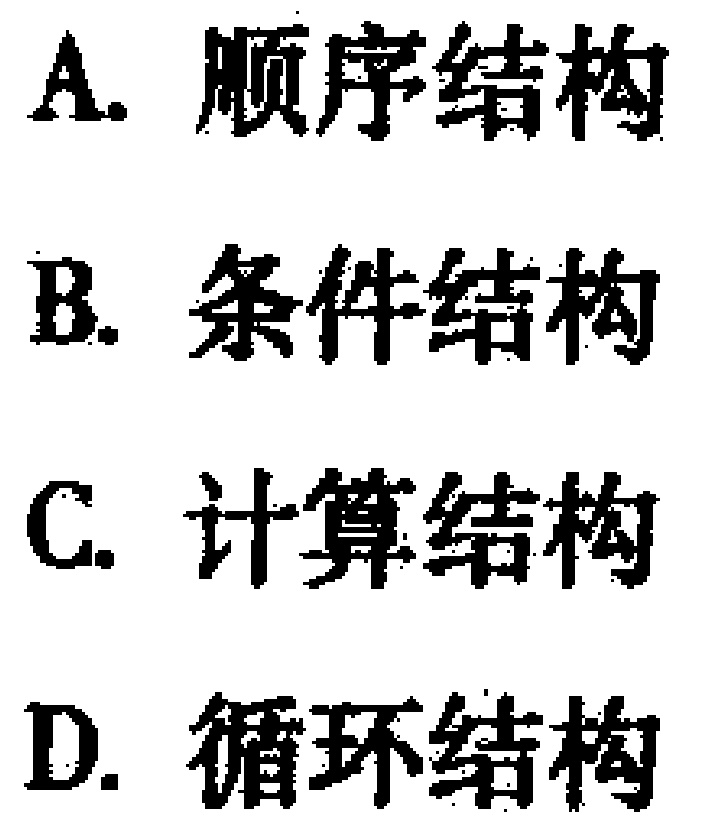
A. 顺序结构
B. 条件结构
C. 计算结构
D. 循环结构